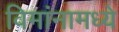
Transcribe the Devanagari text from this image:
विमांनामध्ये